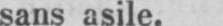
sans asile.